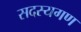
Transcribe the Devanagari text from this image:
सदस्‍यगण